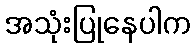
အသုံးပြုနေပါက